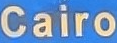
Cairo